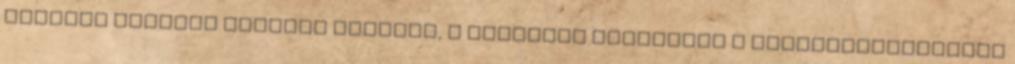
erdőben történt tűzeset kapcsán, a tűzoltók felvették a hajléktalanellátó